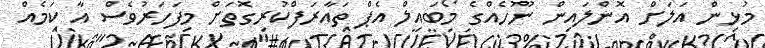
މުޅިން އަލަށް އޮންލައިން ނޫހެއްގެ މޯބައިލް އެޕް ތައާރަފްކުރިގޮތަށް މިފަހަރުވެސް އާ ކަމެއް